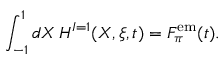
\int _ { - 1 } ^ { 1 } d X \, H ^ { I = 1 } ( X , \xi , t ) = F _ { \pi } ^ { \mathrm { { e m } } } ( t ) .